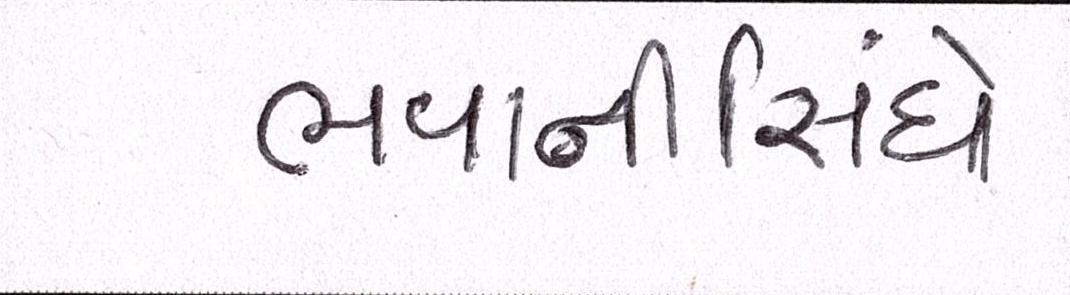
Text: ભવાનીસિંઘે